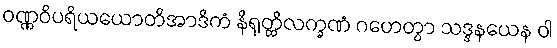
ဝဏ္ဏဝိပရိယယောတိအာဒိကံ နိရုတ္တိလက္ခဏံ ဂဟေတွာ သဒ္ဒနယေန ဝါ